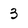
Character: 3